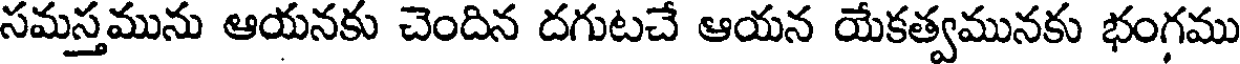
సమస్తమును ఆయనకు చెందిన దగుటచే ఆయన యేకత్వమునకు భంగము